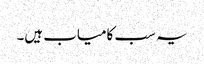
یہ سب کامیاب ہیں۔